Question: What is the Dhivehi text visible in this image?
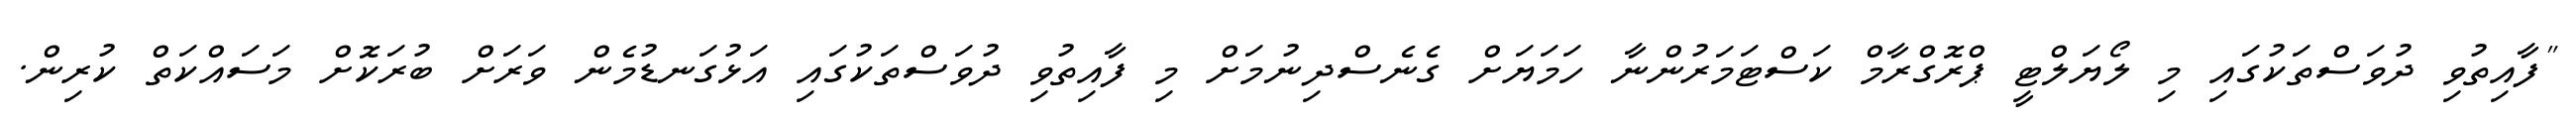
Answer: "ފާއިތުވި ދުވަސްތަކުގައި މި ލޯޔަލްޓީ ޕްރޮގްރާމް ކަސްޓަމަރުންނާ ހަމަޔަށް ގެނެސްދިނުމަށް މި ފާއިތުވި ދުވަސްތަކުގައި އަޅުގަނޑުމެން ވަރަށް ބުރަކޮށް މަސައްކަތް ކުރިން.